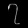
Digit: ၇